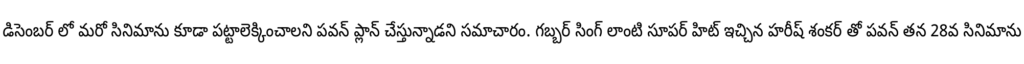
డిసెంబర్ లో మరో సినిమాను కూడా పట్టాలెక్కించాలని పవన్ ప్లాన్ చేస్తున్నాడని సమాచారం. గబ్బర్ సింగ్ లాంటి సూపర్ హిట్ ఇచ్చిన హరీష్ శంకర్ తో పవన్ తన 28వ సినిమాను